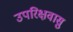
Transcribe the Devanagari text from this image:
उपरिक्षवासु